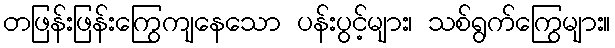
တဖြန်းဖြန်းကြွေကျနေသော ပန်းပွင့်များ၊ သစ်ရွက်ကြွေများ။